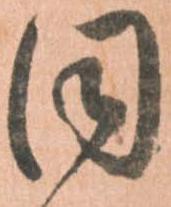
同